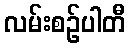
လမ်းစဉ်ပါတီ